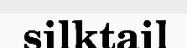
silktail